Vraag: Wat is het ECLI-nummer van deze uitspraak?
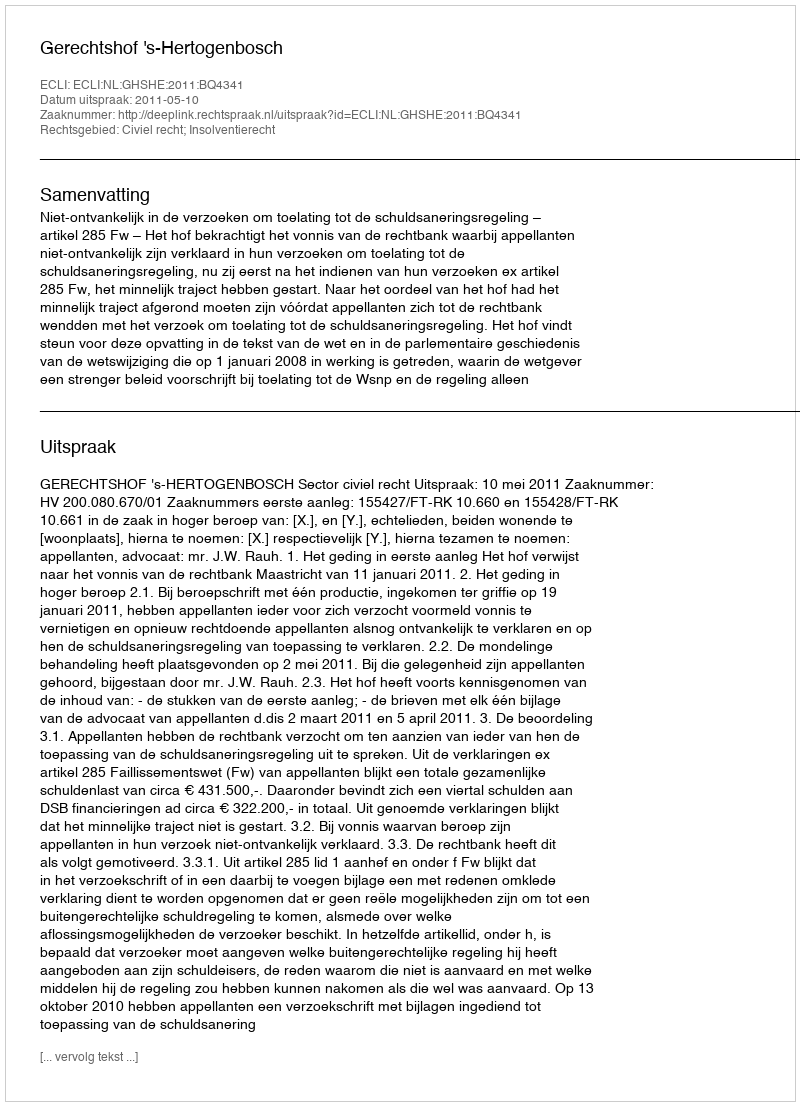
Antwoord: ECLI:NL:GHSHE:2011:BQ4341